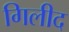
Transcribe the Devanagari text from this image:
गिलीद